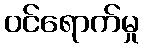
ဝင်ရောက်မှု